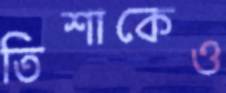
তিশাকেও